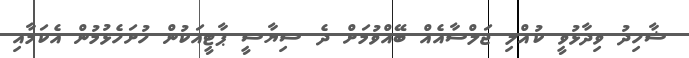
ޝާހިދު ވިދާޅުވީ ކުއްލި ޖަލްސާއެއް ބޭއްވުމަށް ދެ ސިޔާސީ ޕާޓީއަކުން ހުށަހެޅުމުން އެކަމާއި